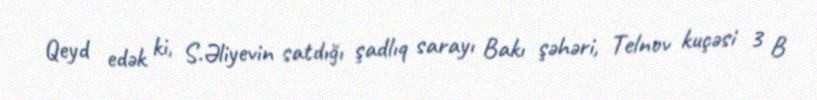
Qeyd edək ki, S.Əliyevin satdığı şadlıq sarayı Bakı şəhəri, Telnov kuçəsi 3 B